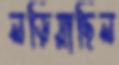
লড়িয়াছিল